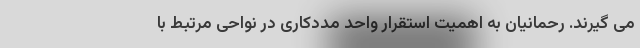
می گیرند. رحمانیان به اهمیت استقرار واحد مددکاری در نواحی مرتبط با